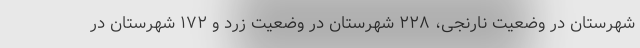
شهرستان در وضعیت نارنجی، ۲۲۸ شهرستان در وضعیت زرد و ۱۷۲ شهرستان در